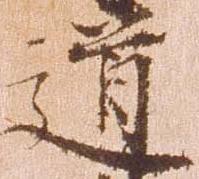
道